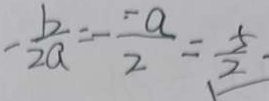
- \frac { b } { 2 a } = - \frac { - a } { 2 } = \frac { 5 } { 2 }